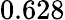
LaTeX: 0.628